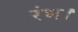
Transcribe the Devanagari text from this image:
रंभ।